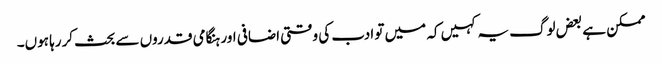
ممکن ہے بعض لوگ یہ کہیں کہ میں تو ادب کی وقتی اضافی اور ہنگامی قدروں سے بحث کررہا ہوں۔